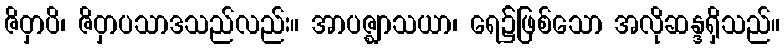
ဇိဝှာပိ၊ ဇိဝှာပသာဒသည်လည်း။ အာပဇ္ဈာသယာ၊ ရေ၌ဖြစ်သော အလိုဆန္ဒရှိသည်။